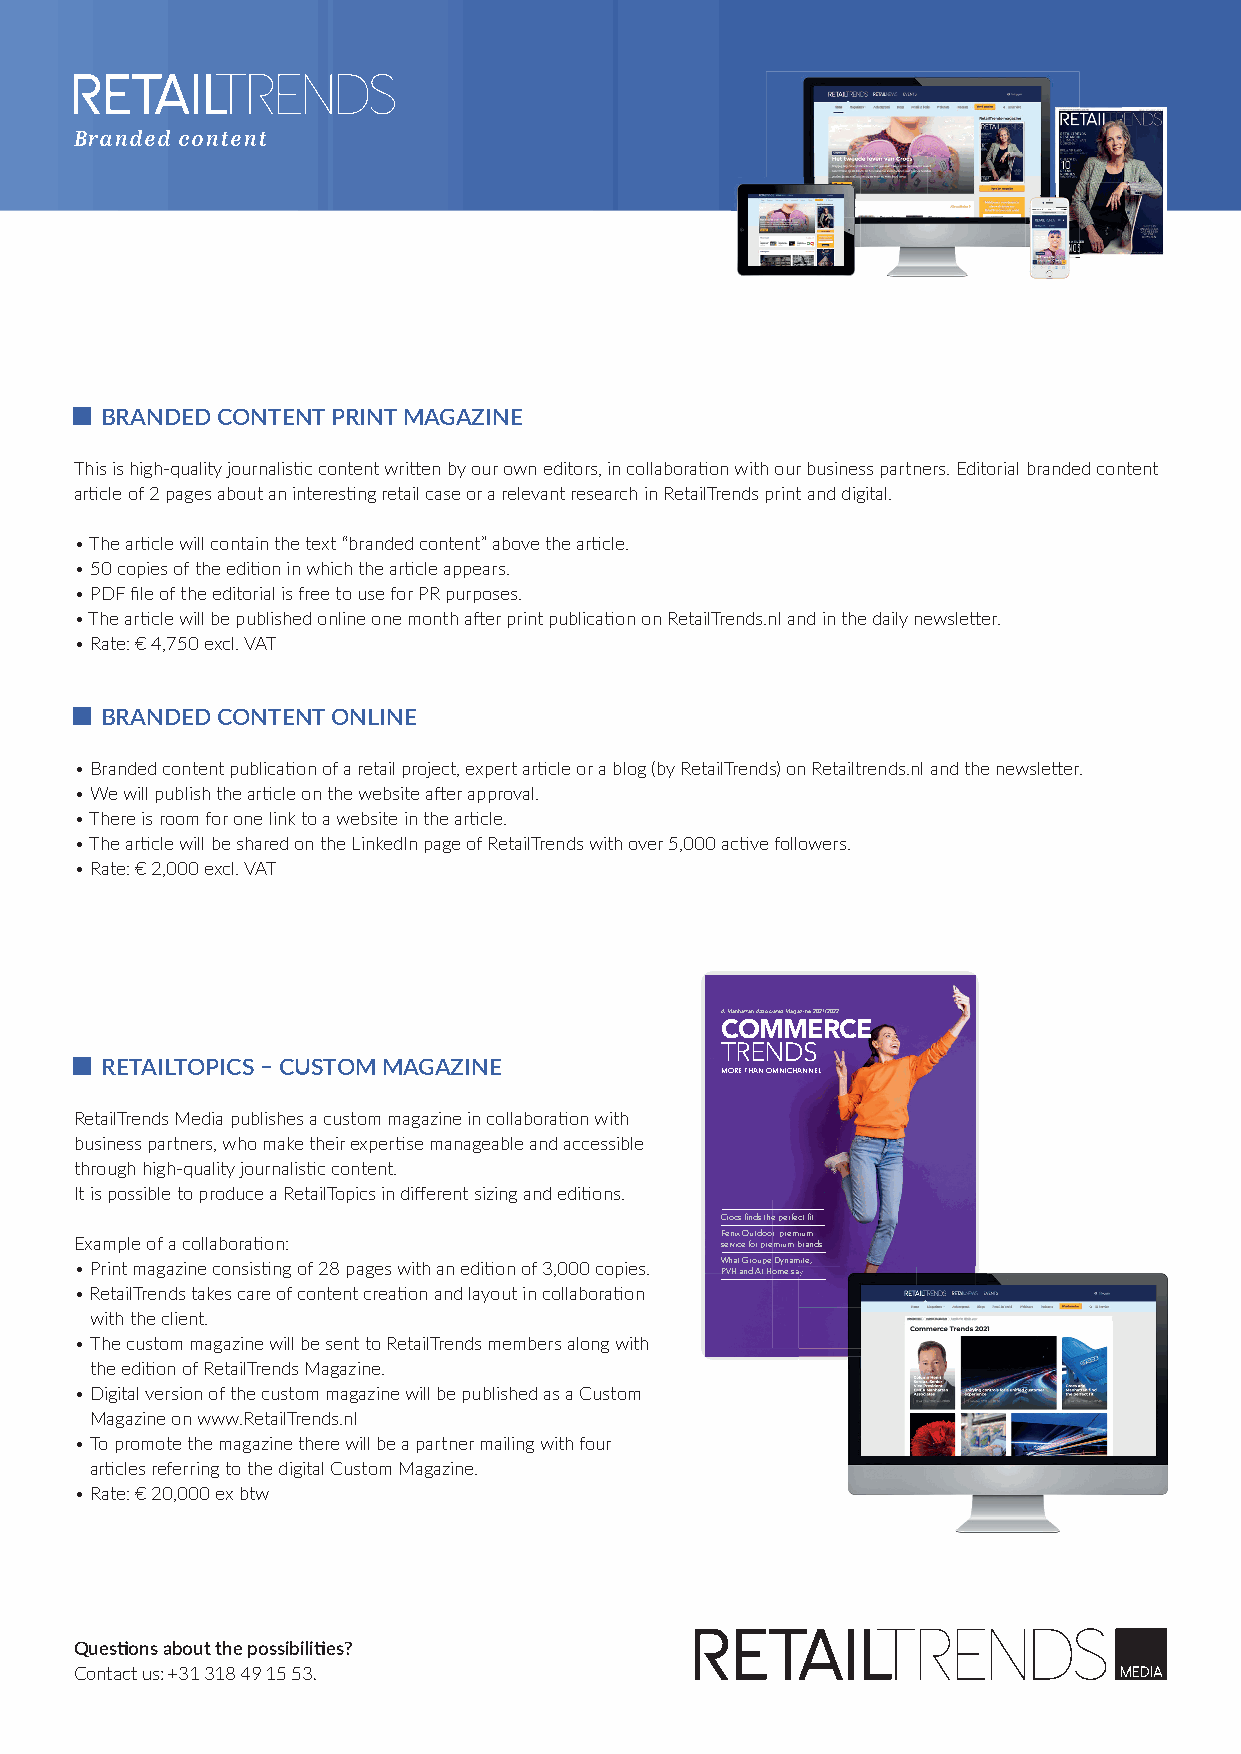
Branded content
 BRANDED CONTENT PRINT MAGAZINE
 This is high-quality journalistic content written by our own editors, in collaboration with our business partners. Editorial branded content
 article of 2 pages about an interesting retail case or a relevant research in RetailTrends print and digital.
 • The article will contain the text “branded content” above the article.
 • 50 copies of the edition in which the article appears.
 • PDF file of the editorial is free to use for PR purposes.
 • The article will be published online one month after print publication on RetailTrends.nl and in the daily newsletter.
 • Rate: € 4,750 excl. VAT
 BRANDED CONTENT ONLINE
 • Branded content publication of a retail project, expert article or a blog (by RetailTrends) on Retailtrends.nl and the newsletter.
 • We will publish the article on the website after approval.
 • There is room for one link to a website in the article.
 • The article will be shared on the LinkedIn page of RetailTrends with over 5,000 active followers.
 • Rate: € 2,000 excl. VAT
 A Manhattan Associates Magazine 2021/2022
 COMMERCE
 TRENDS
 RETAILTOPICS – CUSTOM MAGAZINE
 MORE THAN OMNICHANNEL
 RetailTrends Media publishes a custom magazine in collaboration with
 business partners, who make their expertise manageable and accessible
 through high-quality journalistic content.
 It is possible to produce a RetailTopics in different sizing and editions.
 Crocs finds the perfect fit
 Fenix Outdoor: premium
 Example of a collaboration:                service for premium brands
 • Print magazine consisting of 28 pages with an edition of 3,000 copies. What Groupe Dynamite,
 PPVVHH aanndd AAtt HHoommee ssaayy
 • RetailTrends takes care of content creation and layout in collaboration
 with the client.
 • The custom magazine will be sent to RetailTrends members along with
 the edition of RetailTrends Magazine.    1047 CommerceTrends_NL 2021.indd 1 10-09-21 13:59
 • Digital version of the custom magazine will be published as a Custom
 Magazine on www.RetailTrends.nl
 • To promote the magazine there will be a partner mailing with four
 articles referring to the digital Custom Magazine.
 • Rate: € 20,000 ex btw
 Questions about the possibilities?
 Contact us: +31 318 49 15 53.